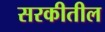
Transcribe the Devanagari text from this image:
सरकीतील